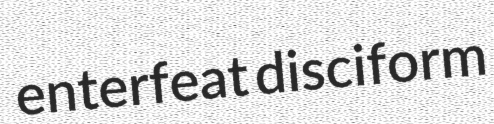
enterfeat disciform